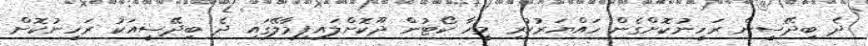
ދެ ބިދޭސީން ރަހީނުކޮށްގެން ހައްޔަރުކުރި މީހާ ކޯޓުން ދޫކޮށްލައިފިމާލޭގައި ދެ ބިދޭސީއަކު ރަހީނުކޮށް